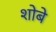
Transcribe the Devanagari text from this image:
शोबे